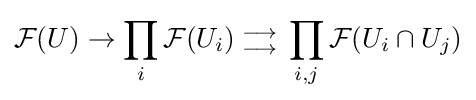
{\mathcal {F}}(U)\rightarrow \prod _{i}{\mathcal {F}}(U_{i}){{{} \atop \longrightarrow } \atop {\longrightarrow  \atop {}}}\prod _{i,j}{\mathcal {F}}(U_{i}\cap U_{j})